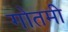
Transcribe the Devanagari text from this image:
गोतमी